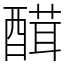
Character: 䤊